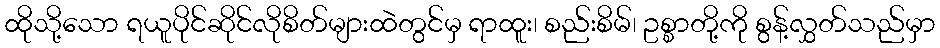
ထိုသို့သော ရယူပိုင်ဆိုင်လိုစိတ်များထဲတွင်မှ ရာထူး၊ စည်းစိမ်၊ ဥစ္စာတို့ကို စွန့်လွှတ်သည်မှာ